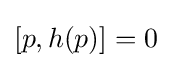
{\textstyle [p,h(p)]=0}